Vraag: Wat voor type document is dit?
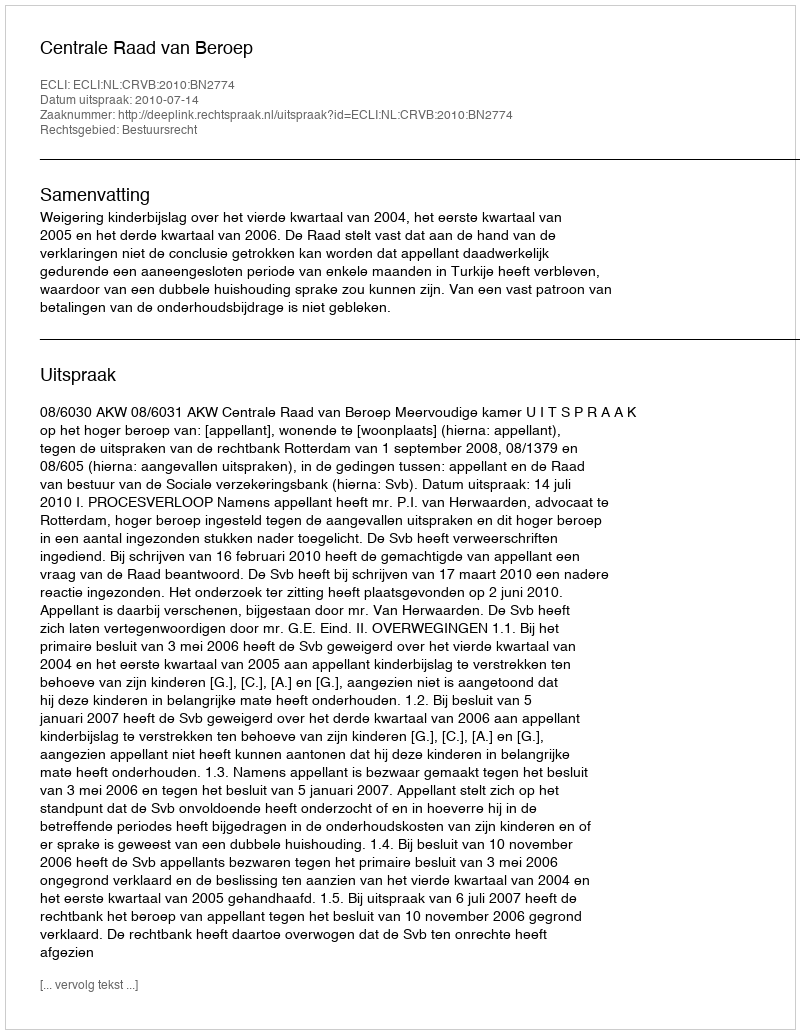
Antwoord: Uitspraak